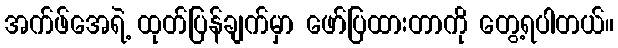
အက်ဖ်အေရဲ့ ထုတ်ပြန်ချက်မှာ ဖော်ပြထားတာကို တွေ့ရပါတယ်။